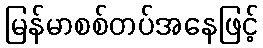
မြန်မာစစ်တပ်အနေဖြင့်